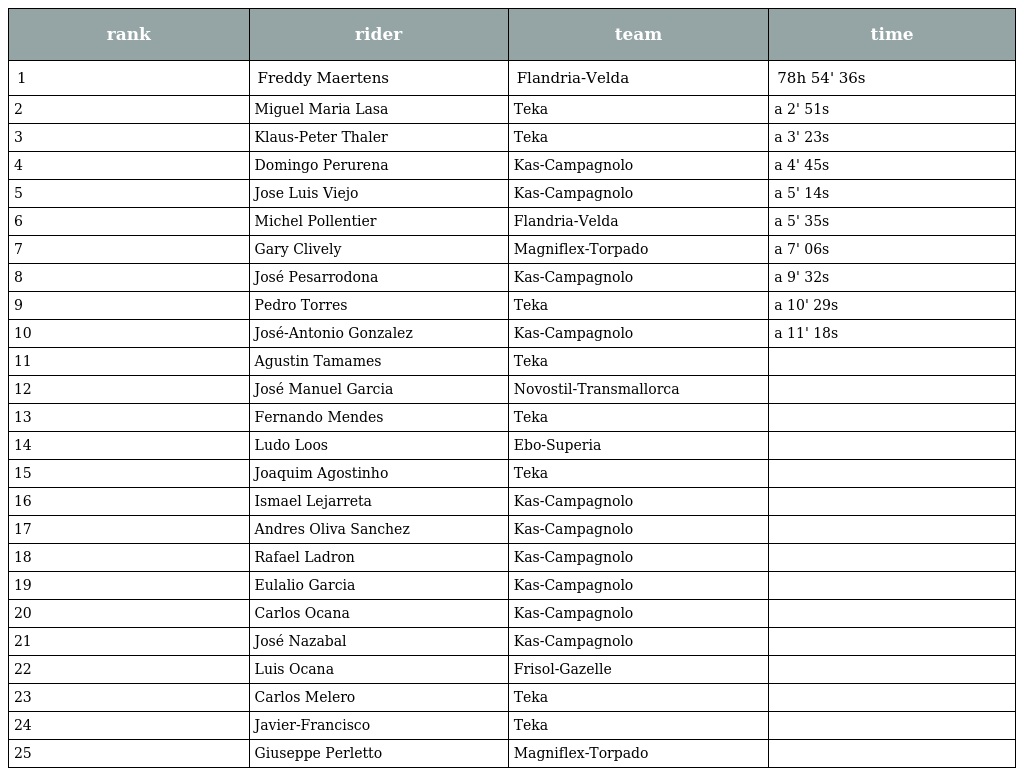
| rank | rider | team | time |
 | --- | --- | --- | --- |
 | 1 | Freddy Maertens | Flandria-Velda | 78h 54' 36s |
 | 2 | Miguel Maria Lasa | Teka | a 2' 51s |
 | 3 | Klaus-Peter Thaler | Teka | a 3' 23s |
 | 4 | Domingo Perurena | Kas-Campagnolo | a 4' 45s |
 | 5 | Jose Luis Viejo | Kas-Campagnolo | a 5' 14s |
 | 6 | Michel Pollentier | Flandria-Velda | a 5' 35s |
 | 7 | Gary Clively | Magniflex-Torpado | a 7' 06s |
 | 8 | José Pesarrodona | Kas-Campagnolo | a 9' 32s |
 | 9 | Pedro Torres | Teka | a 10' 29s |
 | 10 | José-Antonio Gonzalez | Kas-Campagnolo | a 11' 18s |
 | 11 | Agustin Tamames | Teka |  |
 | 12 | José Manuel Garcia | Novostil-Transmallorca |  |
 | 13 | Fernando Mendes | Teka |  |
 | 14 | Ludo Loos | Ebo-Superia |  |
 | 15 | Joaquim Agostinho | Teka |  |
 | 16 | Ismael Lejarreta | Kas-Campagnolo |  |
 | 17 | Andres Oliva Sanchez | Kas-Campagnolo |  |
 | 18 | Rafael Ladron | Kas-Campagnolo |  |
 | 19 | Eulalio Garcia | Kas-Campagnolo |  |
 | 20 | Carlos Ocana | Kas-Campagnolo |  |
 | 21 | José Nazabal | Kas-Campagnolo |  |
 | 22 | Luis Ocana | Frisol-Gazelle |  |
 | 23 | Carlos Melero | Teka |  |
 | 24 | Javier-Francisco | Teka |  |
 | 25 | Giuseppe Perletto | Magniflex-Torpado |  |